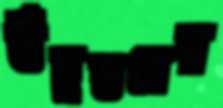
উঁচুস্তরের